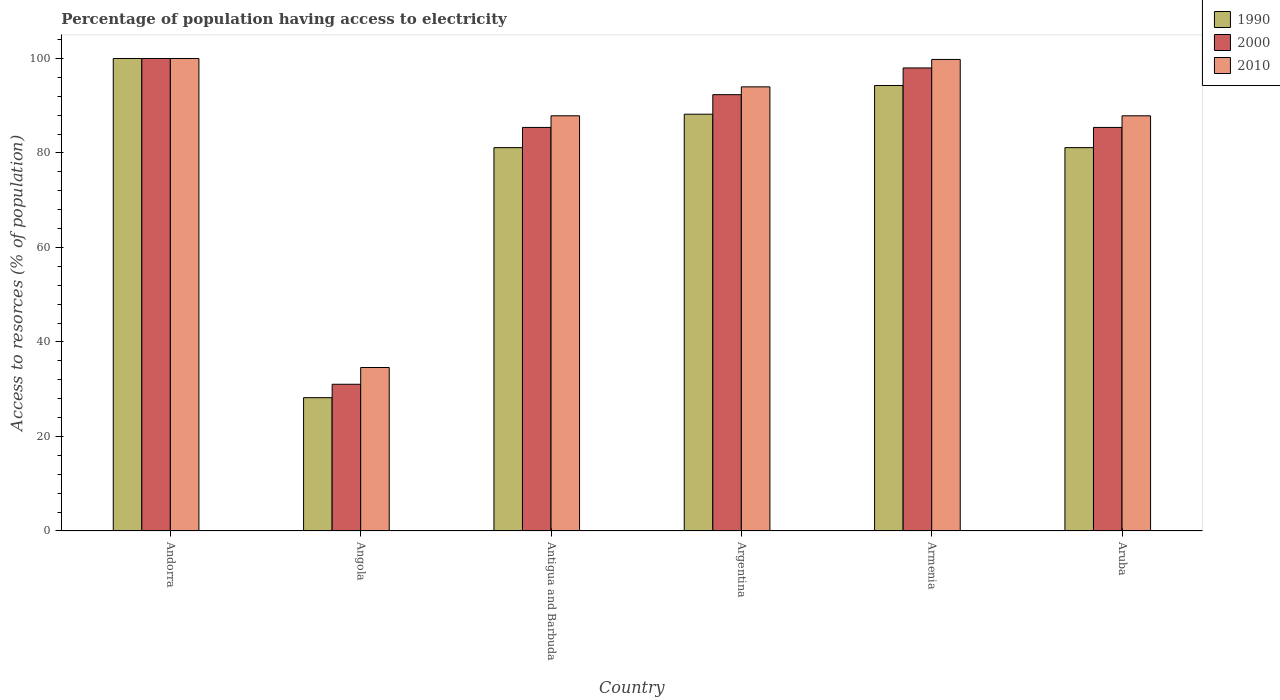
| Country | 1990 | 2000 | 2010 |
 | --- | --- | --- | --- |
 | Andorra | 100 | 100 | 100 |
 | Angola | 28.2 | 31.1 | 34.6 |
 | Antigua and Barbuda | 81.1 | 85.4 | 87.9 |
 | Argentina | 88.2 | 92.3 | 94 |
 | Armenia | 94.3 | 98 | 99.8 |
 | Aruba | 81.1 | 85.4 | 87.9 |